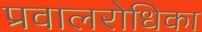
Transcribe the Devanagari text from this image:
प्रवालरोधिका